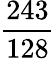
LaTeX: \frac{243}{128}